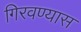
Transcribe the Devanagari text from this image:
गिरवण्यास